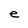
Character: e